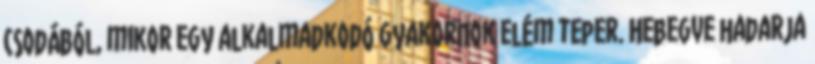
csodából, mikor egy alkalmadkodó gyakornok elém teper. Hebegve hadarja